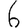
Digit: 6